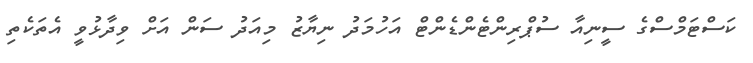
ކަސްޓަމްސްގެ ސީނިއާ ސުޕްރިންޓެންޑެންޓް އަހުމަދު ނިޔާޒު މިއަދު ސަން އަށް ވިދާޅުވީ އެތަކެތި